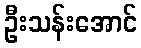
ဦးသန်းအောင်